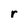
Character: r